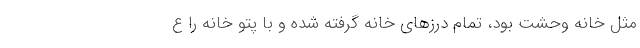
مثل خانه وحشت بود، تمام درز‌های خانه گرفته شده و با پتو خانه را ع